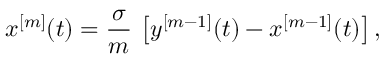
x ^ { [ m ] } ( t ) = \frac { \sigma } { m } \, \left[ y ^ { [ m - 1 ] } ( t ) - x ^ { [ m - 1 ] } ( t ) \right] ,